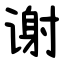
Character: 谢